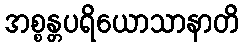
အစ္စန္တပရိယောသာနာတိ